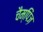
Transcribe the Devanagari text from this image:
चैम्पिंज़